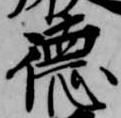
徳